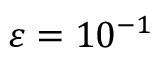
\varepsilon = 1 0 ^ { - 1 }